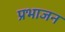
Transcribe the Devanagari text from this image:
प्रभाजन